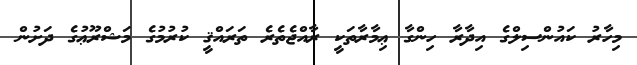
މިހާރު ކައުންސިލްގެ އިދާރާ ހިންގާ ޢިމާރާތަކީ ރާއްޖެތެރެ ތަރައްޤީ ކުރުމުގެ މަޝްރޫޢުގެ ދަށުން